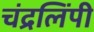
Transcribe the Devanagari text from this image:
चंद्रलिंपी